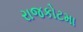
રાજકોટમા